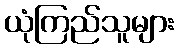
ယုံကြည်သူများ